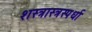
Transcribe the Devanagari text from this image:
शस्त्रास्त्रस्पर्धा